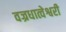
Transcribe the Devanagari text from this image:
वज्रधात्वेश्वरी